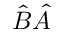
{ \hat { B } } { \hat { A } }